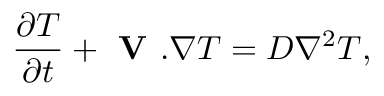
{ \frac { \partial T } { \partial t } } + \textbf { V } . \nabla T = D \nabla ^ { 2 } T ,